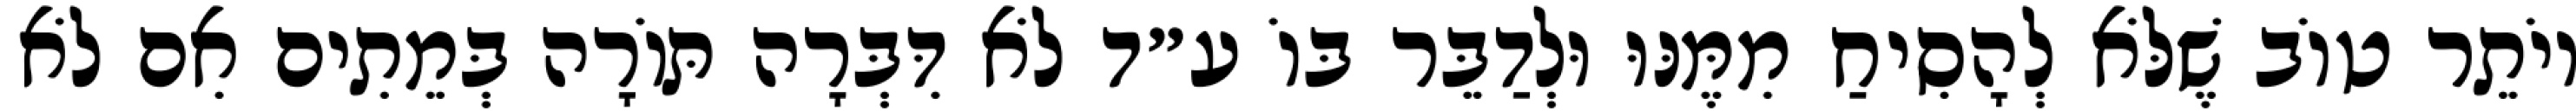
יוֹתֵר טוֹב שֶׁלֹּא לְהָסִיחַ מִמֶּנּוּ וּלְדַבֵּר בּוֹ ע״ד לֹא דִּבְּרָה תּוֹרָה בְּמֵתִים אִם לֹא